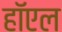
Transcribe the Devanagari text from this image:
हॉएल